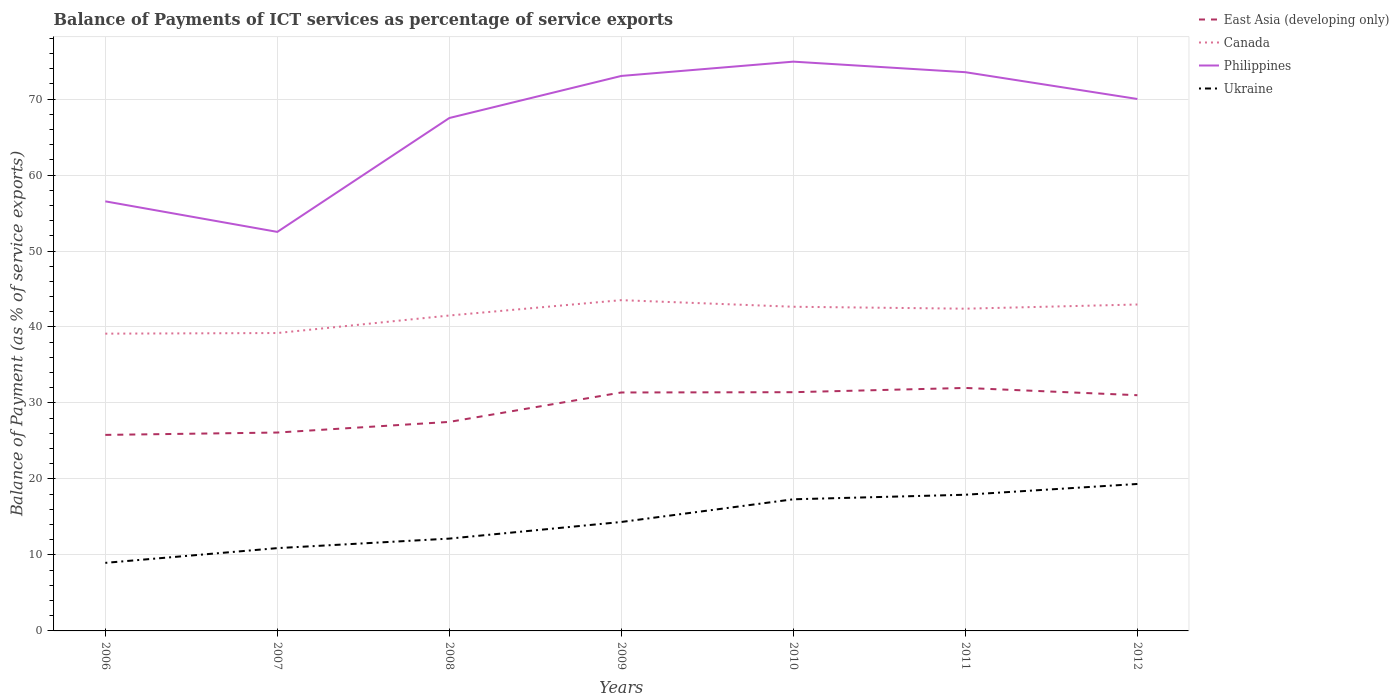
| Years | East Asia (developing only) | Canada | Philippines | Ukraine |
 | --- | --- | --- | --- | --- |
 | 2006 | 25.8 | 39.1 | 56.5 | 8.96 |
 | 2007 | 26.1 | 39.2 | 52.5 | 10.9 |
 | 2008 | 27.5 | 41.5 | 67.5 | 12.2 |
 | 2009 | 31.4 | 43.5 | 73 | 14.3 |
 | 2010 | 31.4 | 42.7 | 74.9 | 17.3 |
 | 2011 | 32 | 42.4 | 73.5 | 17.9 |
 | 2012 | 31 | 43 | 70 | 19.3 |